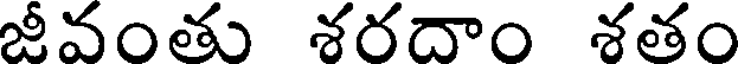
జీవంతు శరదాం శతం